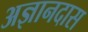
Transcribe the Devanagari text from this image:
अज्ञानदास